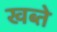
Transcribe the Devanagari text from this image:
खब्ते